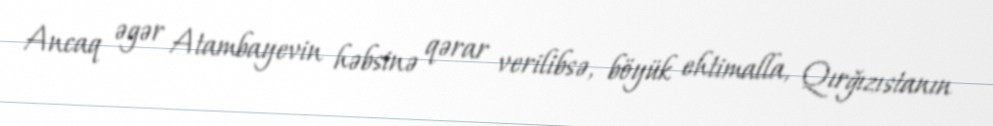
Ancaq əgər Atambayevin həbsinə qərar verilibsə, böyük ehtimalla, Qırğızıstanın